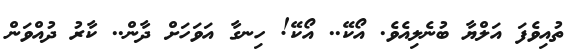
ތުއިވެފަ އަލްޔާ ބުނެލިއެވެ. އޯކޭ.. އޯކޭ! ހިނގާ އަވަހަށް ދާން.. ކާރު ދުއްވަން